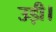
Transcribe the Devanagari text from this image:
उड़ी।